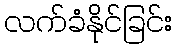
လက်ခံနိုင်ခြင်း